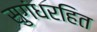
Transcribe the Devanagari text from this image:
सुगंधरहित